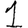
Digit: 1